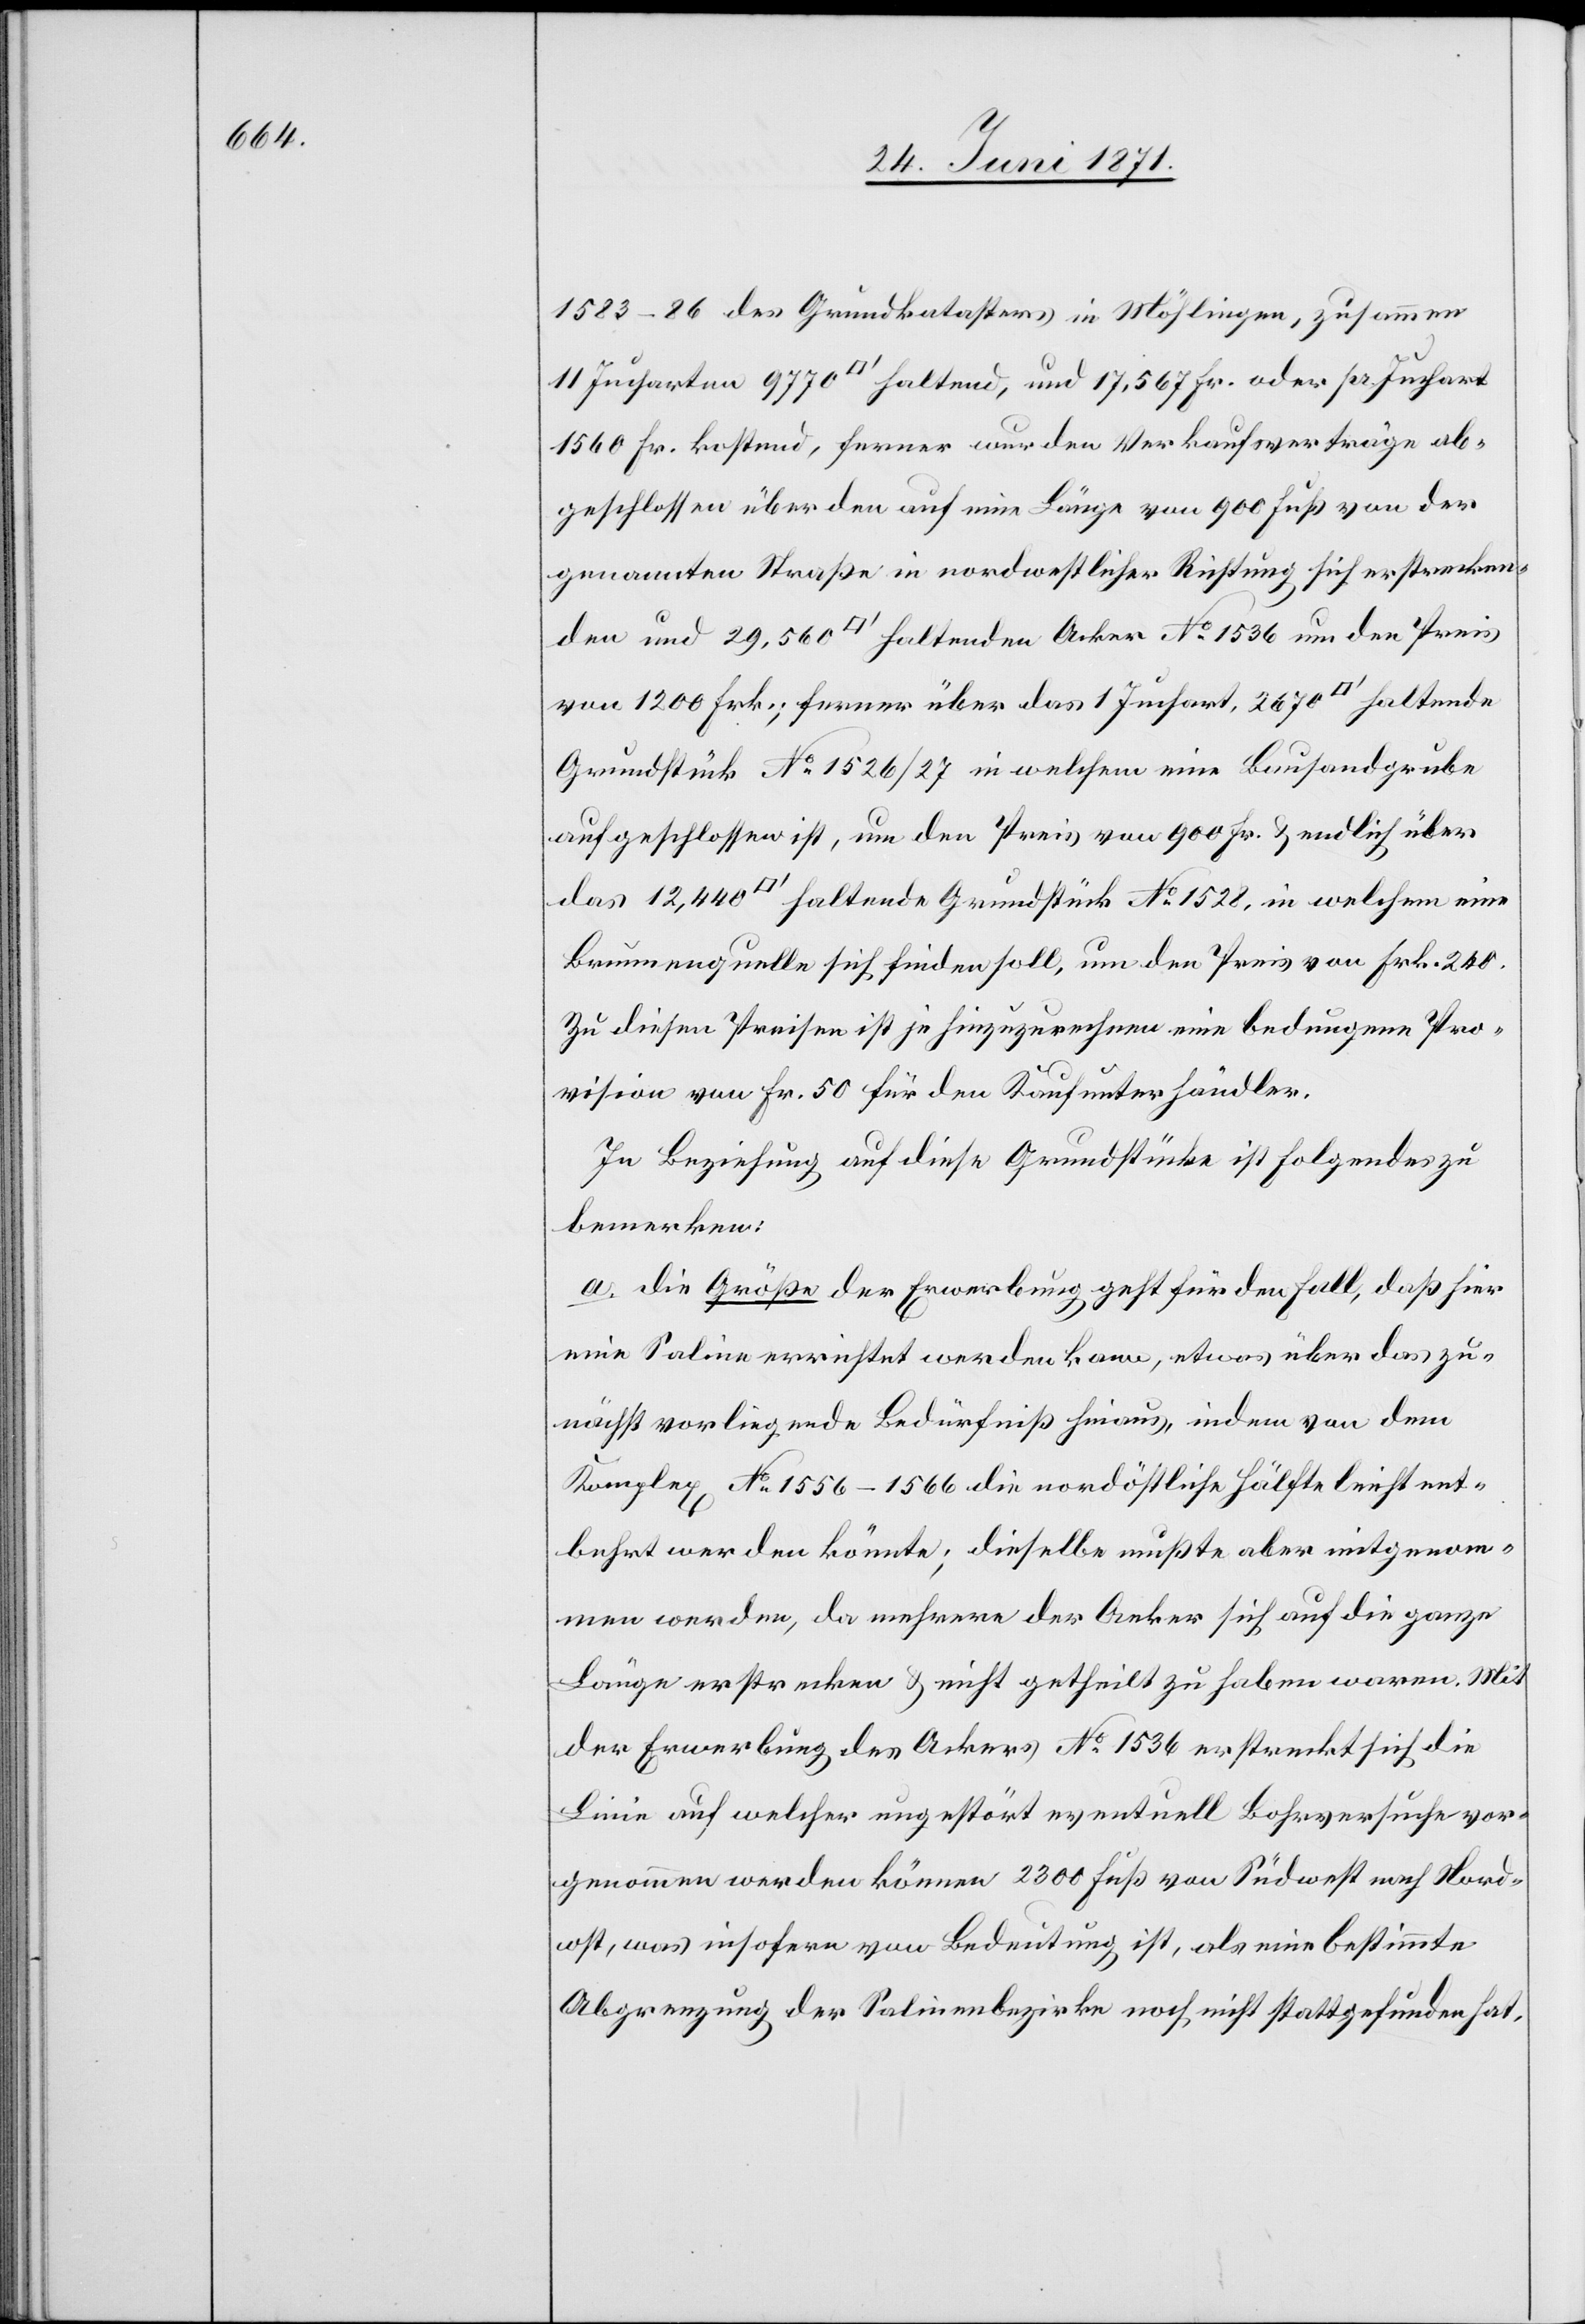
1583–86 des Grundkatasters in Möhlingen, zusammen
11 Jucharten 9970 [Quadratfuss] haltend, und 17,567 Fr. oder pr. Juchart
1560 Fr. kostend, ferner wurden Verkaufsverträge ab¬
geschlossen über den auf eine Länge von 900 Fuß von der
genannten Straße in nordwestlicher Richtung sich erstrecken¬
den und 29,560 [Quadratfuss] haltenden Acker No. 1536 um den Preis
von 1200 Frk.; ferner über das 1 Juchart, 2670 [Quadratfuss] haltende
Grundstück No. 1528, in welchem eine Brunnenquelle
aufgeschlossen ist, um den Preis von 900 Fr. u. endlich über
Zu diesen Preisen ist je hinzuzurechnen eine bedungene Pro¬
vision von Fr. 50 für den Kaufunterhändler.
In Beziehung auf diese Grundstücke ist folgendes zu
bemerken:
a. die Größe der Erwerbung geht für den Fall, daß hier
eine Saline errichtet werden kann, etwas über das zu¬
nächst vorliegende Bedürfniß hinaus, indem von dem
Komplex No. 1556–1566 die nordöstliche Hälfte leicht ent¬
behrt werden könnte; dieselbe mußte aber mitgenom¬
men werden, da mehrere der Aeker sich auf die ganze
Länge erstrecken u. nicht getheilt zu haben waren. Mit
der Erwerbung des Ackers No. 1536 erstreckt sich die
Linie auf welcher ungestört eventuell Bohrversuche vor¬
genommen werden können 2300 Fuß von Südwest nach Nord¬
ost, was insofern von Bedeutung ist, als eine bestimmte
Abgrenzung der Salinenbezirke noch nicht stattgefunden hat.